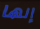
إنها